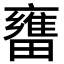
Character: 㽫